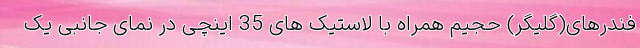
فندرهای(گلیگر) حجیم همراه با لاستیک های 35 اینچی در نمای جانبی یک